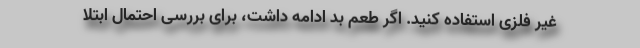
غیر فلزی استفاده کنید. اگر طعم بد ادامه داشت، برای بررسی احتمال ابتلا